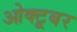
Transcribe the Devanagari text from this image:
ओक्टूबर